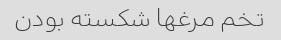
تخم مرغها شکسته بودن